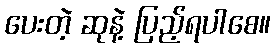
ပေးတဲ့ ဆုနဲ့ ပြည့်ရပါစေ။